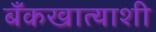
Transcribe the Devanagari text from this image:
बँकखात्याशी